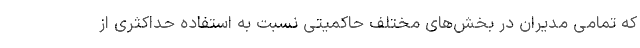
که تمامی مدیران در بخش‌های مختلف حاکمیتی نسبت به استفاده حداکثری از